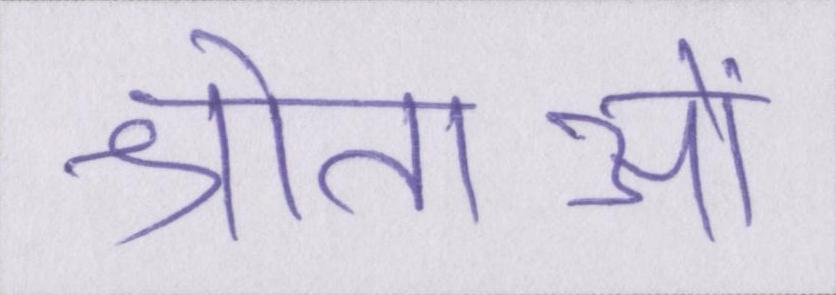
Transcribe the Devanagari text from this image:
श्रोताओं